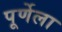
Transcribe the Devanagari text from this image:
पूर्णेला